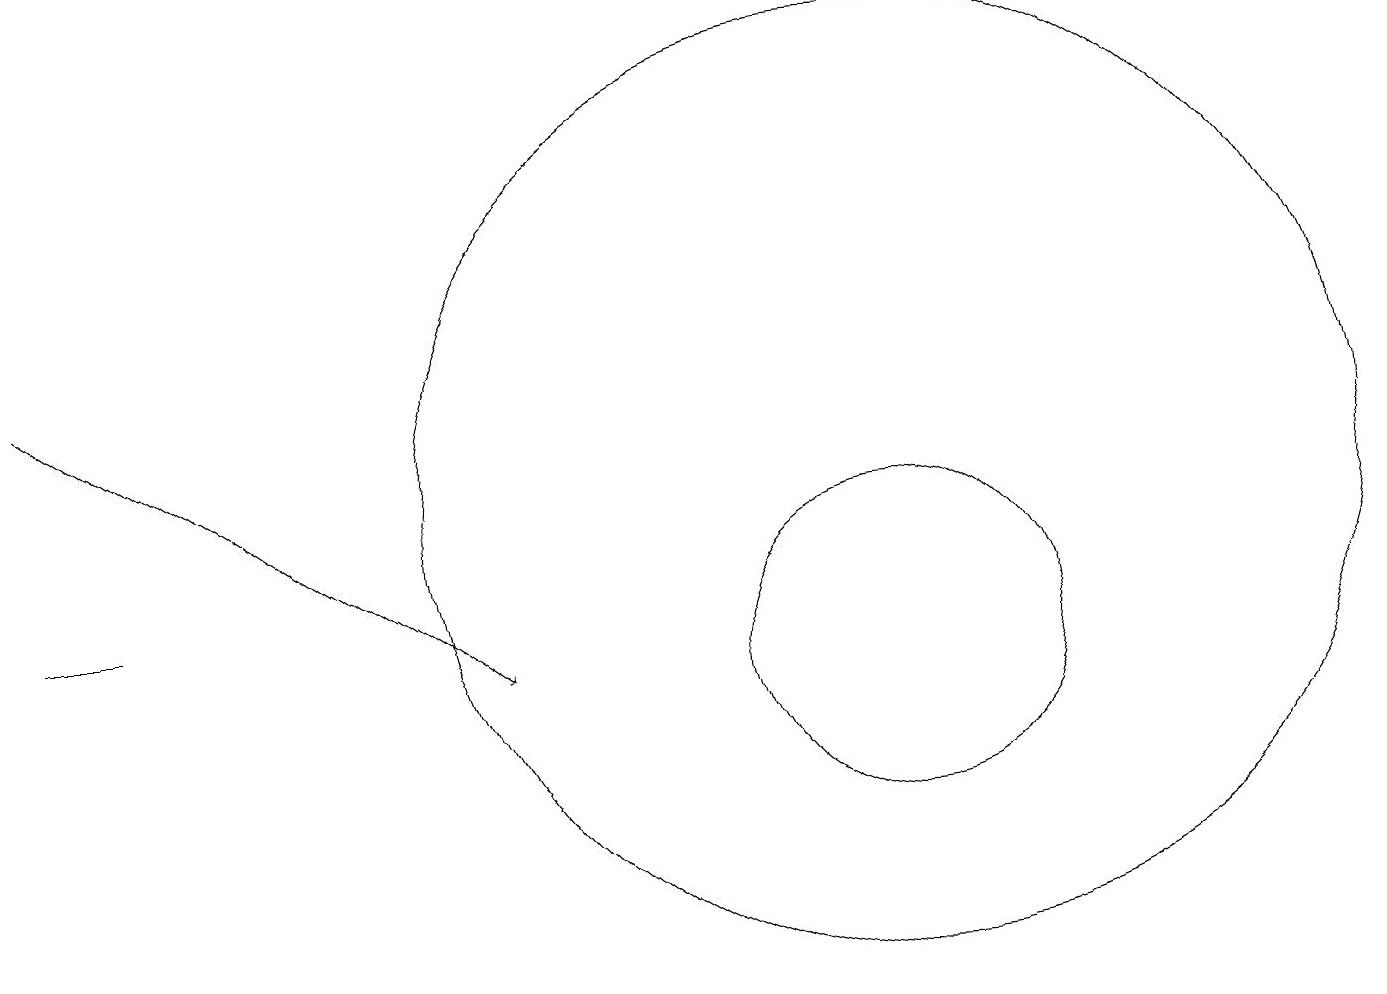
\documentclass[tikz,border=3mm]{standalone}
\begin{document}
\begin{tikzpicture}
\draw (11,10) circle (2);
\draw[->] (0,14) -- (6,10);
\draw (11,12) circle (6);
\draw (0,11) rectangle (1,11);
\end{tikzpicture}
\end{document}